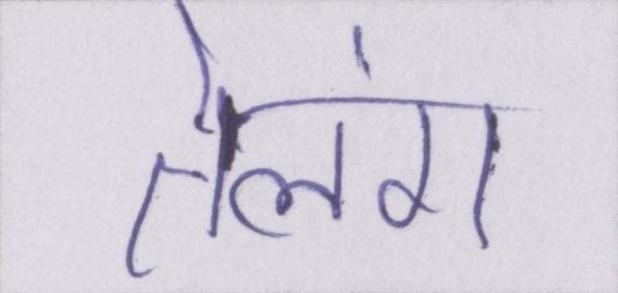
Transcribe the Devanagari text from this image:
तेलंग